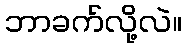
ဘာခက်လို့လဲ။